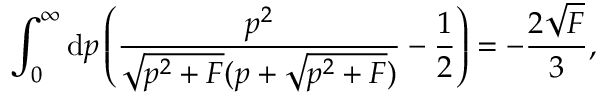
\int _ { 0 } ^ { \infty } \mathrm { d } p \left( \frac { p ^ { 2 } } { \sqrt { p ^ { 2 } + F } ( p + \sqrt { p ^ { 2 } + F } ) } - \frac { 1 } { 2 } \right) = - \frac { 2 \sqrt { F } } { 3 } ,